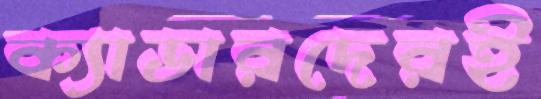
ক্যাডারদেরই